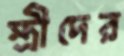
স্ত্রীদের